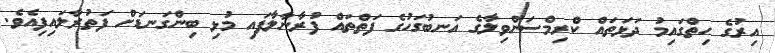
އިރުގެ ހިތްގައިމު ދަޅަތައް ކްރިމްސަންވިލާގެ އަނބުގަހުގެ ފަތްތައް ފުރާނާލާފައި މުޅި ބިންގަނޑަށް ފަތުރާލައިފިއެވެ.